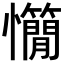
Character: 𢥣